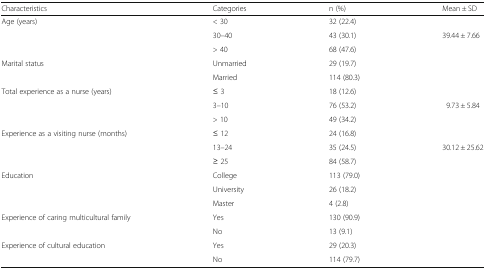
<table><thead><tr><td><b>Characteristics</b></td><td><b>Categories</b></td><td><b>n (%)</b></td><td><b>Mean ± SD</b></td></tr></thead><tbody><tr><td rowspan="3">Age (years)</td><td>&lt; 30</td><td>32 (22.4)</td><td></td></tr><tr><td>30–40</td><td>43 (30.1)</td><td>39.44 ± 7.66</td></tr><tr><td>&gt; 40</td><td>68 (47.6)</td><td></td></tr><tr><td rowspan="2">Marital status</td><td>Unmarried</td><td>29 (19.7)</td><td></td></tr><tr><td>Married</td><td>114 (80.3)</td><td></td></tr><tr><td rowspan="3">Total experience as a nurse (years)</td><td>≤ 3</td><td>18 (12.6)</td><td></td></tr><tr><td>3–10</td><td>76 (53.2)</td><td>9.73 ± 5.84</td></tr><tr><td>&gt; 10</td><td>49 (34.2)</td><td></td></tr><tr><td rowspan="3">Experience as a visiting nurse (months)</td><td>≤ 12</td><td>24 (16.8)</td><td></td></tr><tr><td>13–24</td><td>35 (24.5)</td><td>30.12 ± 25.62</td></tr><tr><td>≥ 25</td><td>84 (58.7)</td><td></td></tr><tr><td rowspan="3">Education</td><td>College</td><td>113 (79.0)</td><td></td></tr><tr><td>University</td><td>26 (18.2)</td><td></td></tr><tr><td>Master</td><td>4 (2.8)</td><td></td></tr><tr><td rowspan="2">Experience of caring multicultural family</td><td>Yes</td><td>130 (90.9)</td><td></td></tr><tr><td>No</td><td>13 (9.1)</td><td></td></tr><tr><td rowspan="2">Experience of cultural education</td><td>Yes</td><td>29 (20.3)</td><td></td></tr><tr><td>No</td><td>114 (79.7)</td><td></td></tr></tbody></table>